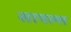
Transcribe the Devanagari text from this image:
सायल्स